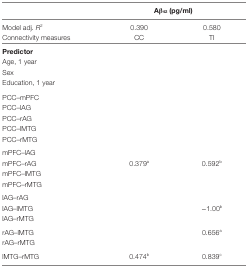
|  | <COLSPAN=2> Aβ42 (pg/ml) |
 | --- | --- | --- |
 | Model adj. R2 | 0.390 | 0.580 |
 | Connectivity measures | CC | TI |
 | Predictor |  |  |
 | Age, 1 year |  |  |
 | Sex |  |  |
 | Education, 1 year |  |  |
 | PCC–mPFC |  |  |
 | PCC–lAG |  |  |
 | PCC–rAG |  |  |
 | PCC–lMTG |  |  |
 | PCC–rMTG |  |  |
 | mPFC–lAG |  |  |
 | mPFC–rAG | 0.379a | 0.592b |
 | mPFC–lMTG |  |  |
 | mPFC–rMTG |  |  |
 | lAG–rAG |  |  |
 | lAG–lMTG |  | −1.00b |
 | lAG–rMTG |  |  |
 | rAG–lMTG |  | 0.656a |
 | rAG–rMTG |  |  |
 | lMTG–rMTG | 0.474b | 0.839c |